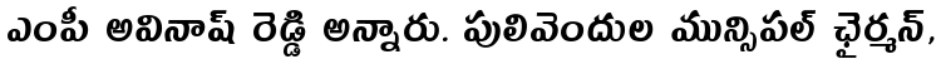
ఎంపీ అవినాష్ రెడ్డి అన్నారు. పులివెందుల మున్సిపల్ ఛైర్మన్,